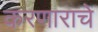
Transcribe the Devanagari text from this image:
करणाराचे